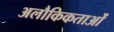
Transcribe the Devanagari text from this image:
अलौकिकताओं